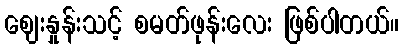
ဈေးနှုန်းသင့် စမတ်ဖုန်းလေး ဖြစ်ပါတယ်။